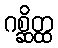
ဂစ္ဆိတ္ထ